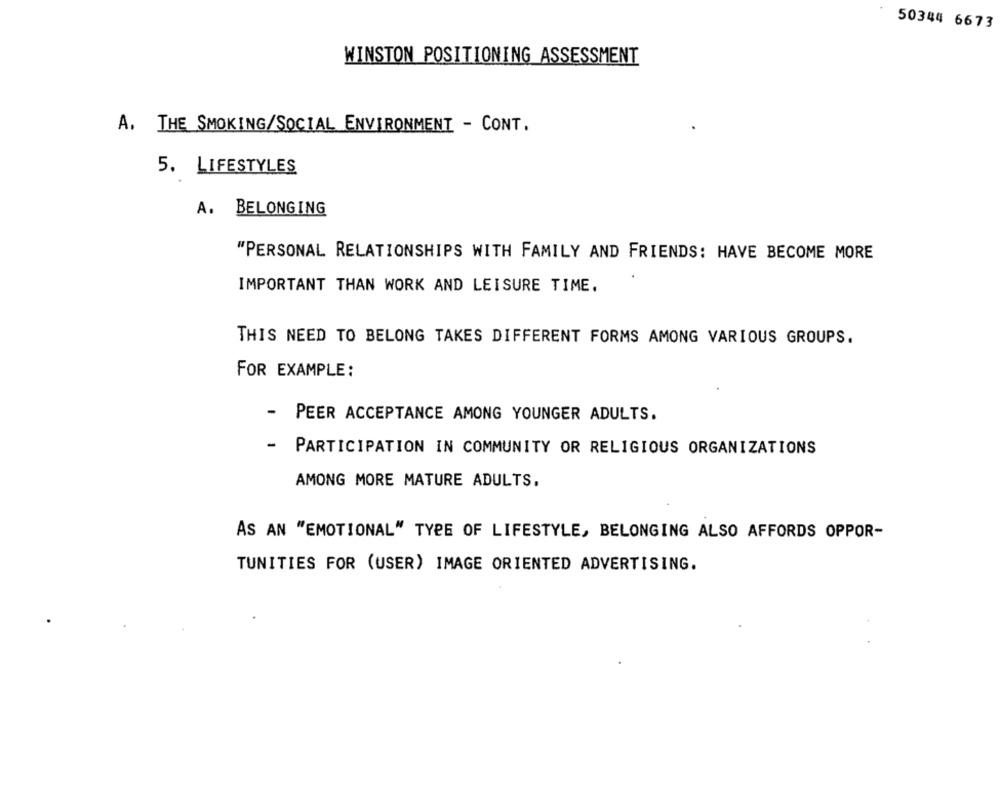
50344 6673
WINSTON POSITIONING ASSESSMENT
A. THE SMOKING/SOCIAL ENVIRONMENT - CONT.
5. LIFESTYLES
A. BELONGING
"PERSONAL RELATIONSHIPS WITH FAMILY AND FRIENDS: HAVE BECOME MORE
IMPORTANT THAN WORK AND LEISURE TIME.
THIS NEED TO BELONG TAKES DIFFERENT FORMS AMONG VARIOUS GROUPS.
FOR EXAMPLE:
-
PEER ACCEPTANCE AMONG YOUNGER ADULTS.
-
PARTICIPATION IN COMMUNITY OR RELIGIOUS ORGANIZATIONS
AMONG MORE MATURE ADULTS.
AS AN "EMOTIONAL" TYPE OF LIFESTYLE, BELONGING ALSO AFFORDS OPPOR-
TUNITIES FOR (USER) IMAGE ORIENTED ADVERTISING.